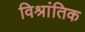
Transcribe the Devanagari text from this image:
विश्रांतिक